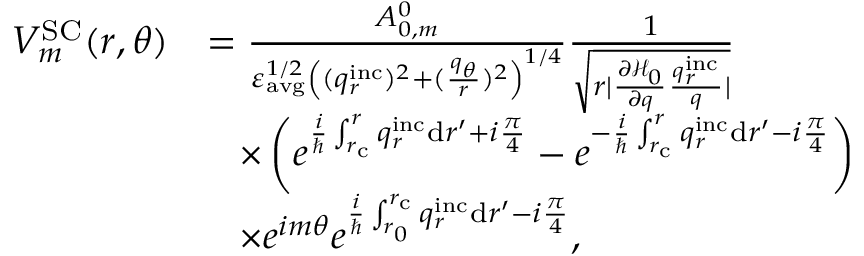
\begin{array} { r l } { V _ { m } ^ { \mathrm { S C } } ( r , \theta ) } & { = \frac { A _ { 0 , m } ^ { 0 } } { \varepsilon _ { \mathrm { a v g } } ^ { 1 / 2 } \left( ( q _ { r } ^ { \mathrm { i n c } } ) ^ { 2 } + ( \frac { q _ { \theta } } { r } ) ^ { 2 } \right) ^ { 1 / 4 } } \frac { 1 } { \sqrt { r | \frac { \partial \mathcal { H } _ { 0 } } { \partial q } \frac { q _ { r } ^ { \mathrm { i n c } } } { q } | } } } \\ & { \; \; \; \times \left( e ^ { \frac { i } { \hbar } \int _ { r _ { \mathrm { c } } } ^ { r } q _ { r } ^ { \mathrm { i n c } } \mathrm { d } r ^ { \prime } + i \frac { \pi } { 4 } } - e ^ { - \frac { i } { \hbar } \int _ { r _ { \mathrm { c } } } ^ { r } q _ { r } ^ { \mathrm { i n c } } \mathrm { d } r ^ { \prime } - i \frac { \pi } { 4 } } \right) } \\ & { \; \; \; \times e ^ { i m \theta } e ^ { \frac { i } { \hbar } \int _ { r _ { 0 } } ^ { r _ { \mathrm { c } } } q _ { r } ^ { \mathrm { i n c } } \mathrm { d } r ^ { \prime } - i \frac { \pi } { 4 } } , } \end{array}